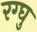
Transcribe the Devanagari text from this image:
रग्घु